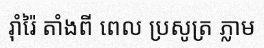
រ៉ាំរ៉ៃ តាំងពី ពេល ប្រសូត្រ ភ្លាម